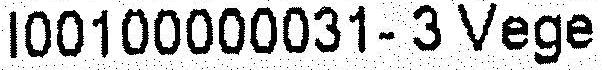
I00100000031- 3 VEGE